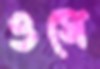
ওসে